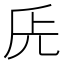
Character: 兏